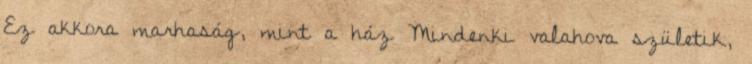
Ez akkora marhaság, mint a ház Mindenki valahova születik,